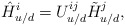
\begin{align*}\hat{H}_{u/d}^{i}=U_{u/d}^{ij}\tilde{H}_{u/d}^{j},\end{align*}